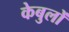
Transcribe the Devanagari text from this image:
केबुलों